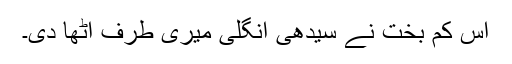
اس کم بخت نے سیدھی انگلی میری طرف اٹھا دی۔